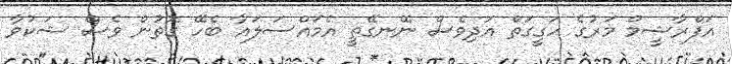
އަފްރާޝީމް މަރުގެ ހަގީގަތް އަދިވެސް ނޭނގޭތީ އެމައްސަލައާ ބެހޭ ގޮތުން ވެސް ޝަކުވާ